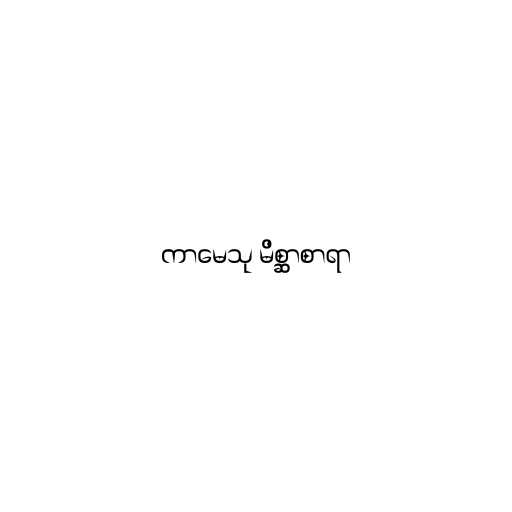
ကာမေသု မိစ္ဆာစာရာ